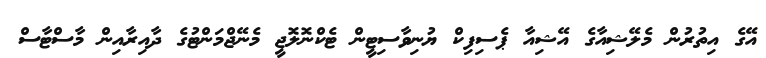
އޭގެ އިތުރުން މެލޭޝިއާގެ އޭޝިއާ ޕެސިފިކް ޔުނިވާސިޓީން ޓެކްނޮލޮޖީ މެނޭޖްމަންޓުގެ ދާއިރާއިން މާސްޓާސް